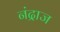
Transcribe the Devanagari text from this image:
नंद्राज